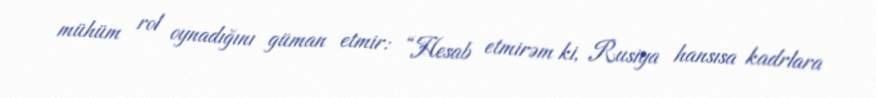
mühüm rol oynadığını güman etmir: “Hesab etmirəm ki, Rusiya hansısa kadrlara